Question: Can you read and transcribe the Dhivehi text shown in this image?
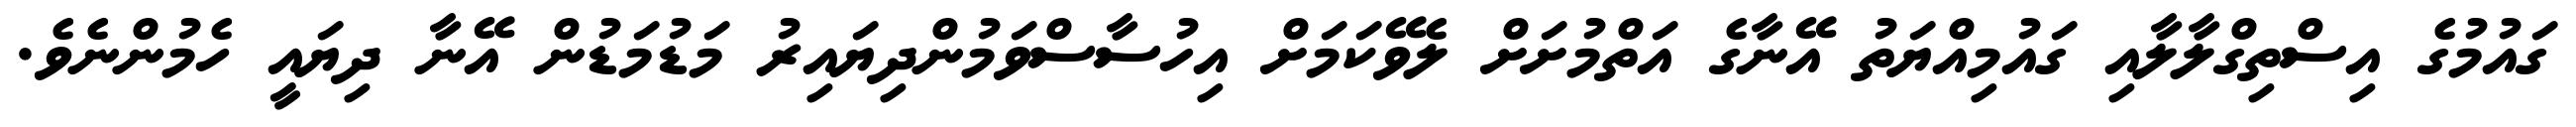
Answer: ގައުމުގެ އިސްތިގްލާލާއި ގައުމިއްޔަތު އޭނާގެ އަތްމުށަށް ލެވޭކަމަށް އިހުސާސްވަމުންދިޔައިރު މަޑުމަޑުން އޭނާ ދިޔައީ ހެމުންނެވެ.